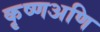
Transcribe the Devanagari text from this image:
कृष्णअणि